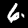
Label: 6